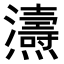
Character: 𤒵